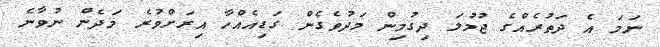
ނަމަ އެ ދަތުރެއްގެ ޖުމުލަ ދިގުމިން މަދުވެގެން ގަޑިއެއްހާ އިރަށްވުރެ މަދެން ނުވާނެ